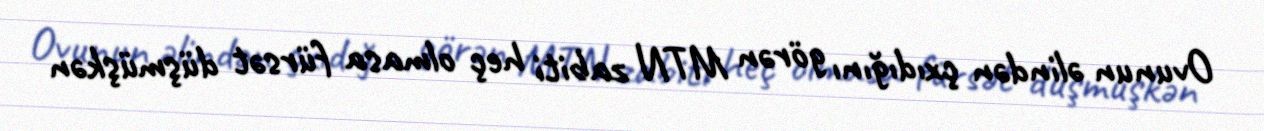
Ovunun əlindən çxıdığını görən MTN zabiti heç olmasa fürsət düşmüşkən